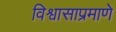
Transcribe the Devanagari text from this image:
विश्वासाप्रमाणे